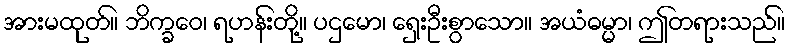
အားမထုတ်။ ဘိက္ခဝေ၊ ရဟန်းတို့။ ပဌမော၊ ရှေးဦးစွာသော။ အယံဓမ္မာ၊ ဤတရားသည်။